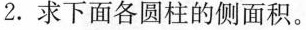
2.求下面各圆柱的侧面积。